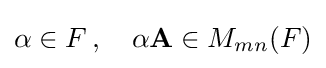
\alpha \in F\,,\quad \alpha \mathbf {A} \in M_{mn}(F)